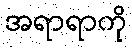
အရာရာကို